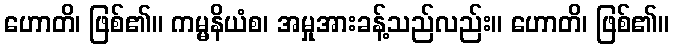
ဟောတိ၊ ဖြစ်၏။ ကမ္မနိယံစ၊ အမှုအားခန့်သည်လည်း။ ဟောတိ၊ ဖြစ်၏။